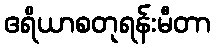
ဧရိယာစတုရန်းမီတာ